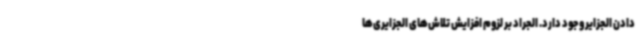
دادن الجزایر وجود دارد. الجراد بر لزوم افزایش تلاش‌های الجزایری‌ها